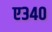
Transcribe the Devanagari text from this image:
ए३४०